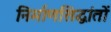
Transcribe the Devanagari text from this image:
निर्माणसिद्धांतों